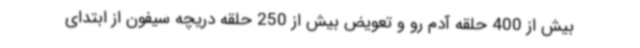
بیش از 400 حلقه آدم رو و تعویض بیش از 250 حلقه دریچه سیفون از ابتدای